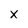
Character: X